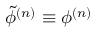
\tilde { \phi } ^ { ( n ) } \equiv \phi ^ { ( n ) }